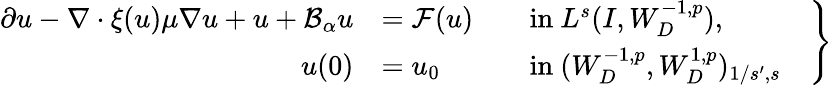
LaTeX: \begin{array}{r}{\left.\begin{array}{rlrl}{\partial u-\nabla\cdot\xi(u)\mu\nabla u+u+\mathcal{B}_{\alpha}u}&{=\mathcal{F}(u)}&&{\mathrm{in~}L^{s}(I,W_{D}^{-1,p}),}\\ {u(0)}&{=u_{0}}&&{\mathrm{in~}(W_{D}^{-1,p},W_{D}^{1,p})_{1/s^{\prime},s}}\end{array}\quad\right\} }\end{array}